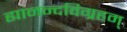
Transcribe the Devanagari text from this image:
ह्यानन्दविग्रहम्